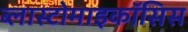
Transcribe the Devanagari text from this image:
ब्लास्टोमाइकॉसिस